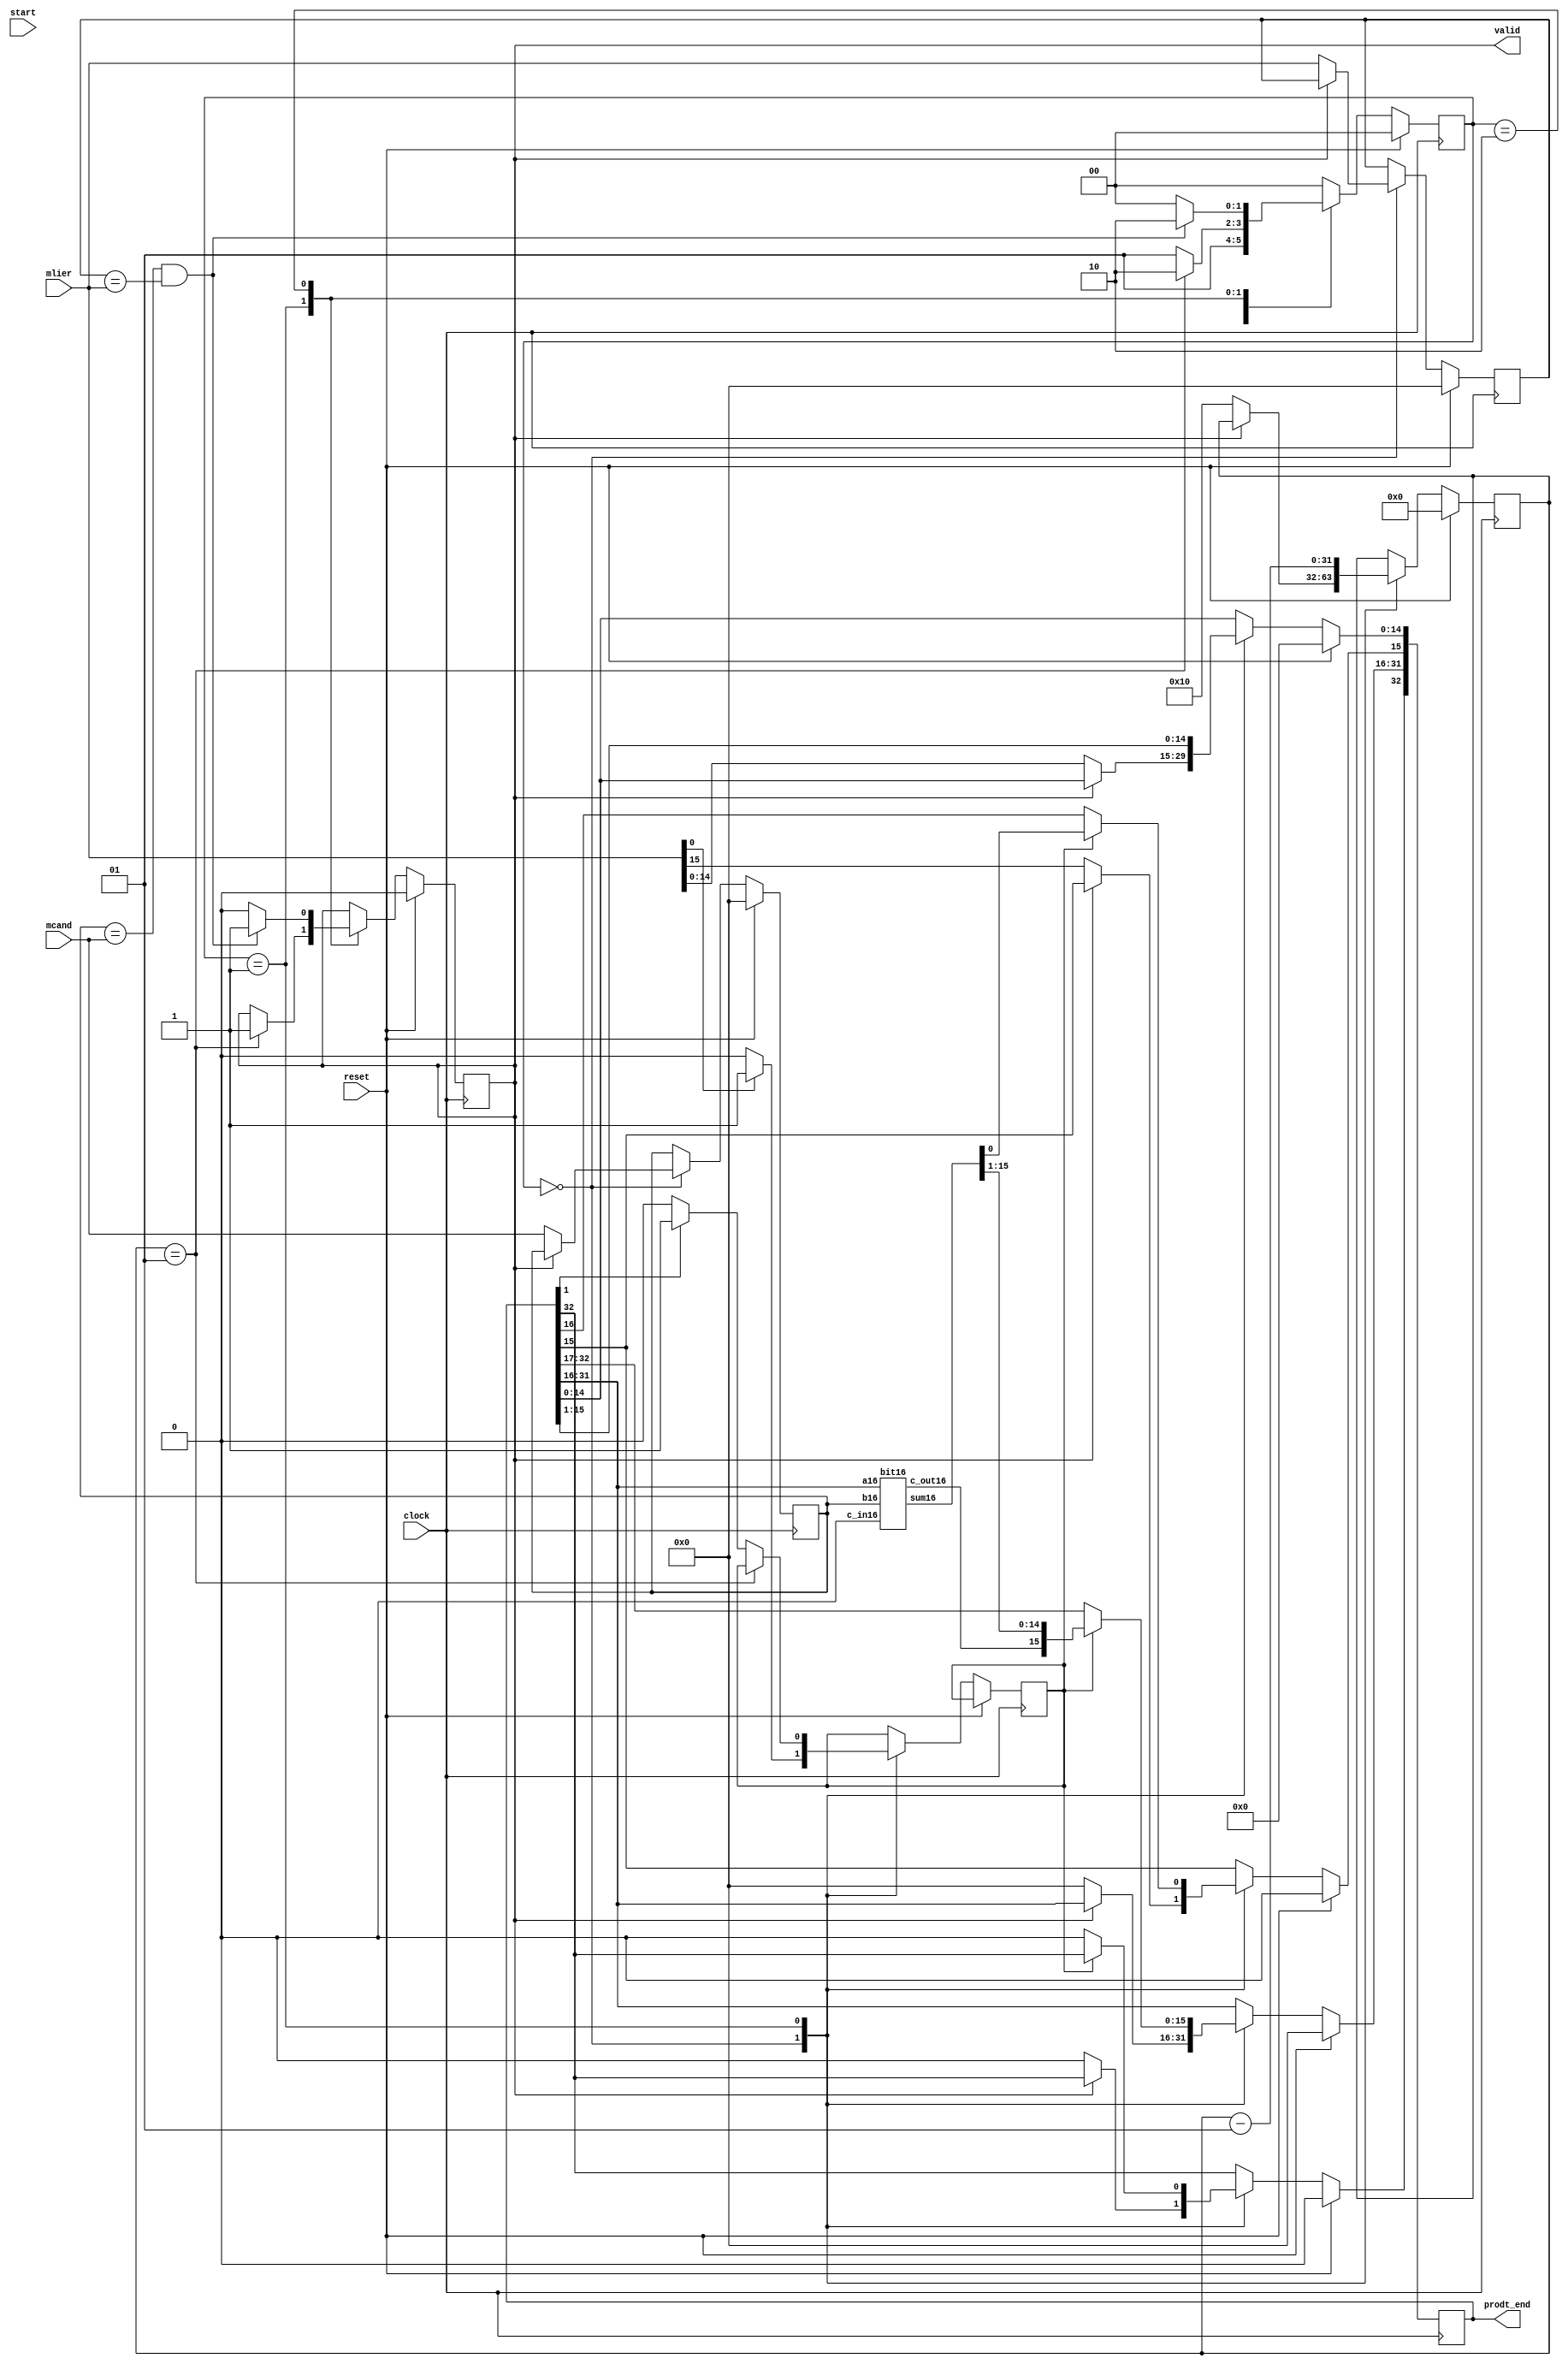
`timescale 1ns/10ps
module seq_adder (clock,start,valid,mlier,mcand,prodt_end,reset);
  input clock,start,reset;
  output valid;
  parameter n=16;
  input [n-1:0] mlier,mcand;
  output [2*n:0] prodt_end;
  reg [2*n:0] prodt_end;
  wire [2*n:0] temp;
  reg [1:0] states;
  reg [n-1:0] a,b;
  reg [n-1:0] register;
  reg c_out,add,shift,valid;
  integer count;
  parameter s0=0,s1=1,s2=2;
  wire [n-1:0] wsum,sumt;
  wire wcout;
  assign sumt=prodt_end[2*n-1:n];
  bit16 Ad16 (sumt[n-1:0],a,wsum,wcout,1'b0);

  assign temp=prodt_end;
  always @(posedge clock)
    begin
      if(reset==1)
        begin
                 states<=s0;
                   a<={(n){1'b0}};
                   b<={(n){1'b0}};
                 count<=0;
          prodt_end[2*n:0]<={(2*n+1){1'b0}};
          valid<=0;
        end
      else
        begin
          case (states)

            
            s0: begin
              if (!valid)
                begin
              	prodt_end[2*n:n]<={(n+1){1'b0}};
               	a<=mcand;
               	b<=mlier;
              	count<=n;
              	prodt_end[n-1:0]<=mlier;
                end
              if (mlier[0])
                begin
                states<=s1;
                add<=1;
                  shift<=1;
                  end
              else
                begin
                states<=s1;                
                add<=0;
                  shift<=1;
            end
            end
                  
              s1:begin
                if(add==1)
                  begin
                prodt_end[2*n-1:n-1]<= {wcout,wsum};
                prodt_end[n-2:0]<=temp[n-1:1];
                  end
                else
                  begin
                	prodt_end<={1'b0,temp[2*n:1]};    
                  end
                
                    count<=count-1; 
                
                if (count==1)
                  begin
                  states <= s2;                    
                  valid <=1;
                  end
                else
                  begin
                    if (temp[1])
                    begin
                      states<=s1;
                      add<=1;
                      shift<=1;
                    end
                    else
                      begin
                        states<=s1;
                        add<=0;
                        shift<=1;
                      end
                  end
                
              end
            s2: begin
              if ((a == mcand) && (b==mlier) )
                begin
                  states<=s2;
                  valid<=1;
                end
              else
                begin
                  states<=s0;
                  valid<=0;
                end
            end
                  
              
            default: states<=s0;
          endcase
        end
          
            
       end
endmodule 
       


module bit16(a16,b16,sum16,c_out16,c_in16);
  input [15:0] a16,b16;
  input c_in16;
  output [15:0] sum16;
  output c_out16;
  wire [15:0] sum16;
  wire [7:0] s161,s162,s163,s164;
  wire c_out1600,c_out1601,c_out1610,c_out1611;
  wire c_outimm16;
  
  bit8 A161 (s161,c_out1600,a16[7:0],b16[7:0],1'b0);  
  bit8 A162 (s162,c_out1601,a16[7:0],b16[7:0],1'b1);
  bit8 A163 (s163,c_out1610,a16[15:8],b16[15:8],1'b0);
  bit8 A164 (s164,c_out1611,a16[15:8],b16[15:8],1'b1);
  
  assign {c_outimm16, sum16[7:0]} = (~c_in16) ? {c_out1600,s161} : {c_out1601,s162}; 
  assign {c_out16, sum16[15:8]} = (~c_outimm16) ? {c_out1610,s163} : {c_out1611,s164}; 


endmodule

module bit8(sum8,c_out8,a8,b8,c_in8);
  input [7:0] a8,b8;
  input c_in8;
  output [7:0] sum8;
  output c_out8;
  wire [7:0] sum8;
  wire [3:0] s81,s82,s83,s84;
  wire c_out800,c_out801,c_out810,c_out811;
  wire c_outimm8;
  wire c_out8;
  
  bit4 A81 (s81,c_out800,a8[3:0],b8[3:0],1'b0);  
  bit4 A82 (s82,c_out801,a8[3:0],b8[3:0],1'b1);
  bit4 A83 (s83,c_out810,a8[7:4],b8[7:4],1'b0);
  bit4 A84 (s84,c_out811,a8[7:4],b8[7:4],1'b1);
  
  assign {c_outimm8, sum8[3:0]} = (~c_in8) ? {c_out800,s81} : {c_out801,s82}; 
  assign {c_out8, sum8[7:4]} = (~c_outimm8) ? {c_out810,s83} : {c_out811,s84}; 


endmodule


module bit4(sum4,c_out4,a4,b4,c_in4);
  input [3:0] a4,b4;
  input c_in4;
  output [3:0] sum4;
  output c_out4;
  wire [3:0] sum4;
  wire [1:0] s41,s42,s43,s44;
  wire c_out400,c_out401,c_out410,c_out411;
  wire c_outimm4;
  wire c_out4;
  
  bit2 A41 (s41,c_out400,a4[1:0],b4[1:0],1'b0);  
  bit2 A42 (s42,c_out401,a4[1:0],b4[1:0],1'b1);
  bit2 A43 (s43,c_out410,a4[3:2],b4[3:2],1'b0);
  bit2 A44 (s44,c_out411,a4[3:2],b4[3:2],1'b1);
  
  assign {c_outimm4, sum4[1:0]} = (~c_in4) ? {c_out400,s41} : {c_out401,s42}; 
  assign {c_out4, sum4[3:2]} = (~c_outimm4) ? {c_out410,s43} : {c_out411,s44}; 


endmodule
  

module bit2(sum2,c_out2,a2,b2,c_in2);
  input [1:0] a2,b2;
  input c_in2;
  output [1:0] sum2;
  output c_out2;
  wire [1:0] sum2;
  wire s1,s2,s3,s4;
  wire c_out00,c_out01,c_out10,c_out11;
  wire c_outimm;
  wire c_out2;
  
  Add_full A1 (s1,c_out00,a2[0],b2[0],1'b0);  
  Add_full A2 (s2,c_out01,a2[0],b2[0],1'b1);
  Add_full A3 (s3,c_out10,a2[1],b2[1],1'b0);
  Add_full A4 (s4,c_out11,a2[1],b2[1],1'b1);
  
  assign {c_outimm, sum2[0]} = (~c_in2) ? {c_out00,s1} : {c_out01,s2}; 
  assign {c_out2, sum2[1]} = (~c_outimm) ? {c_out10,s3} : {c_out11,s4}; 


endmodule




module Add_full (sum, c_out, a, b, c_in);
  output sum, c_out;
  input a, b, c_in;
  wire w1, w2, w3;
  Add_half M1 (w1, w2, a, b);
  Add_half M2 (sum, w3, w1, c_in);
  or M3 (c_out, w2, w3);
endmodule

module Add_half (sum, c_out, a, b);
  output sum, c_out;
  input a, b;
  xor M1 (sum, a, b);
  and M2 (c_out, a, b);
endmodule